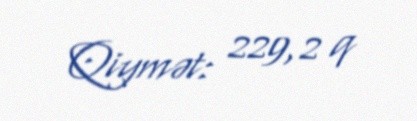
Qiymət: 229,2 q